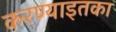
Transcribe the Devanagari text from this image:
करण्याइतका